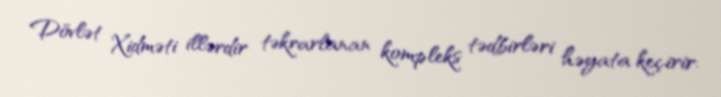
Dövlət Xidməti illərdir təkrarlanan kompleks tədbirləri həyata keçirir.